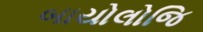
બાયોલોજિ